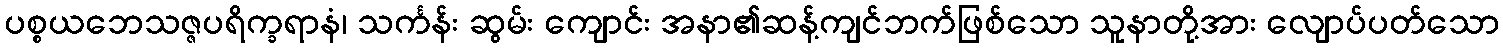
ပစ္စယဘေသဇ္ဇပရိက္ခရာနံ၊ သင်္ကန်း ဆွမ်း ကျောင်း အနာ၏ဆန့်ကျင်ဘက်ဖြစ်သော သူနာတို့အား လျောပ်ပတ်သော